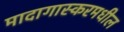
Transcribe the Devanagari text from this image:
मादागास्करमधील